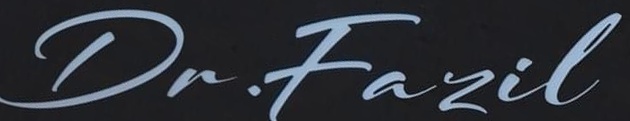
De.Fazil